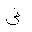
Letter: _dad